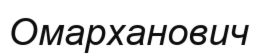
Омарханович